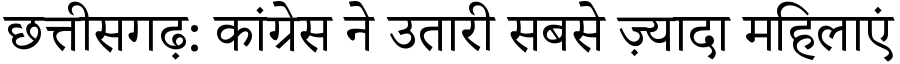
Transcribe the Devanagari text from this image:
छत्तीसगढ़: कांग्रेस ने उतारी सबसे ज़्यादा महिलाएं